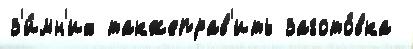
з'и́мн'их такжеправ'ить загото́вка